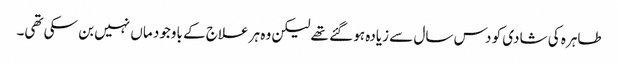
طاہرہ کی شادی کو دس سال سے زیادہ ہو گئے تھے لیکن وہ ہر علاج کے باوجود ماں نہیں بن سکی تھی۔